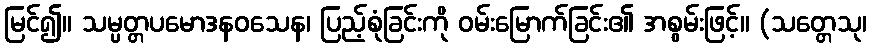
မြင်၍။ သမ္ပတ္တပမောဒနဝသေန၊ ပြည့်စုံခြင်းကို ဝမ်းမြောက်ခြင်း၏ အစွမ်းဖြင့်။ (သတ္တေသု၊